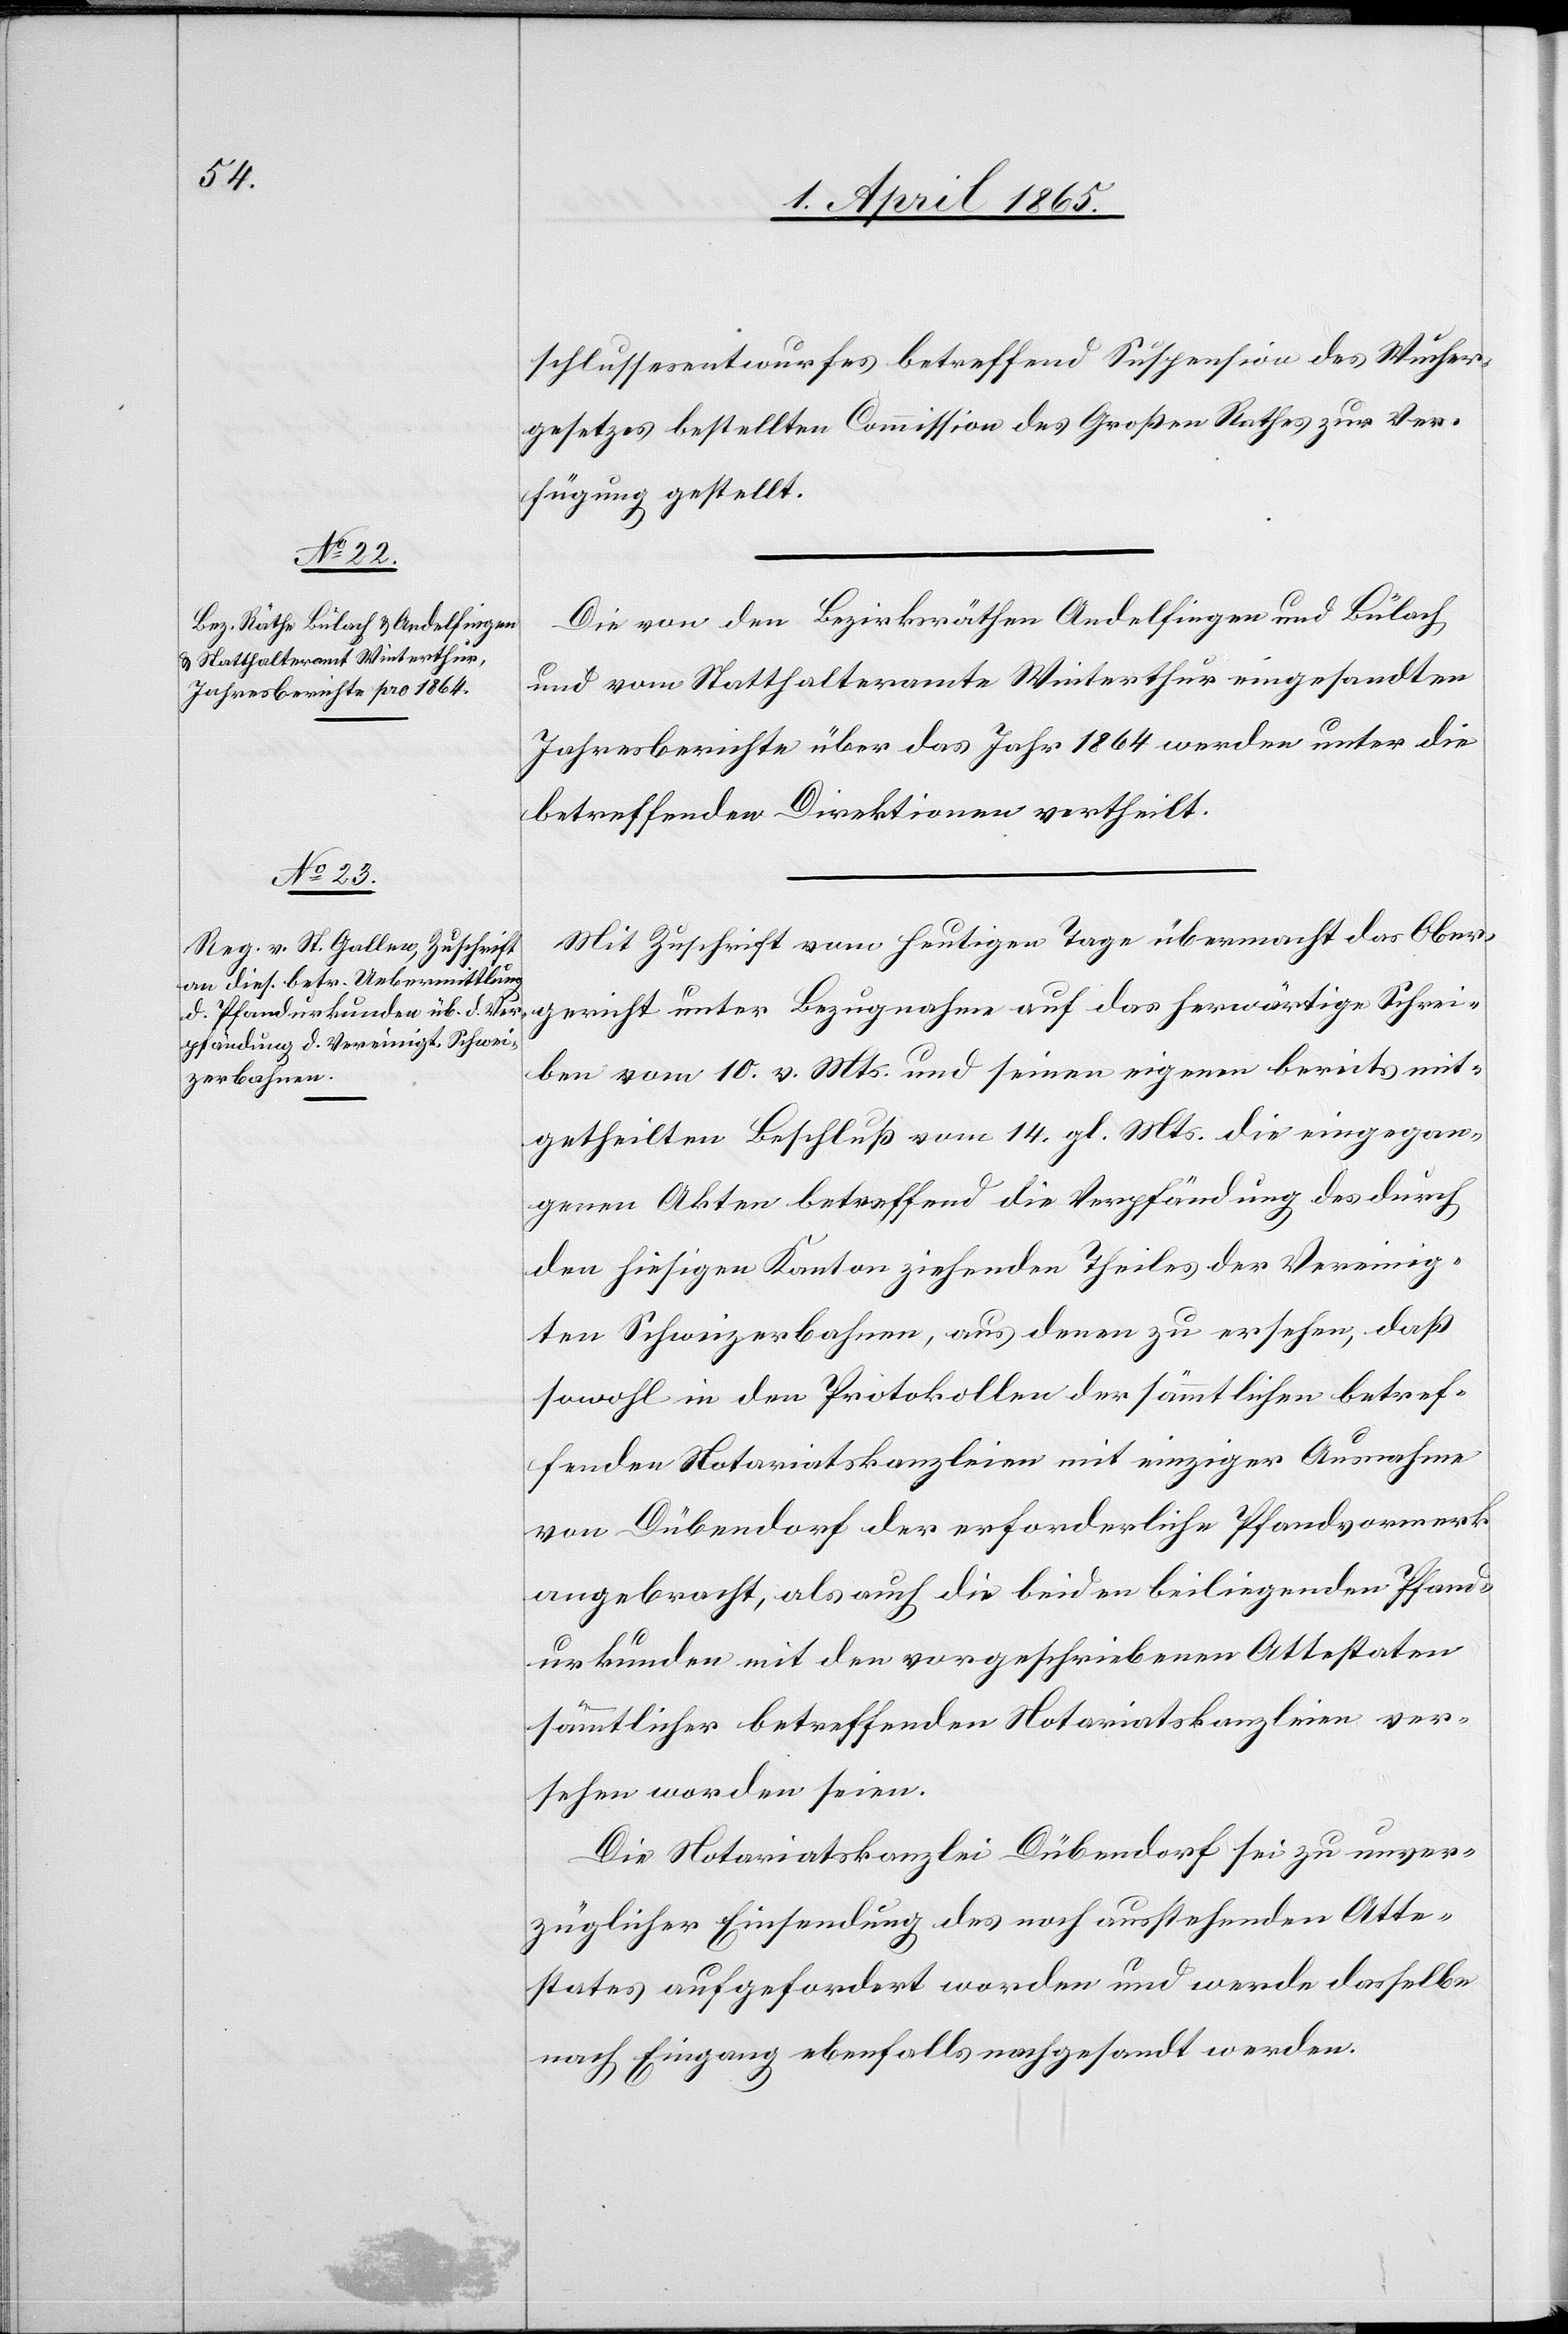
schlussesentwurfes betreffend Suspension des Wucher¬
gesetzes bestellten Commission des Großen Rathes zur Ver¬
fügung gestellt.
Die von den Bezirksräthen Andelfingen und Bülach
und vom Statthalteramte Winterthur eingesandten
Jahresberichte über das Jahr 1864 werden unter die
betreffenden Direktionen vertheilt.
Mit Zuschrift vom heutigen Tage übermacht das Ober¬
gericht unter Bezugnahme auf das herwärtige Schrei¬
ben vom 10. v. Mts. und seinen eigenen bereits mit¬
getheilten Beschluß vom 14. gl. Mts. die eingegan¬
genen Akten betreffend die Verpfändung des durch
den hiesigen Kanton ziehenden Theiles der Vereinig¬
ten Schweizerbahnen, aus denen zu ersehen, daß
sowohl in den Protokollen der sämmtlichen betref¬
fenden Notariatskanzleien mit einziger Ausnahme
von Dübendorf der erforderliche Pfandvormerk
angebracht, als auch die beiden beiliegenden Pfand¬
urkunden mit den vorgeschriebenen Attestaten
sämmtlicher betreffenden Notariatskanzleien ver¬
sehen worden seien.
Die Notariatskanzlei Dübendorf sei zu unver¬
züglicher Einsendung des noch ausstehenden Atte¬
states aufgefordert worden und werde dasselbe
nach Eingang ebenfalls nachgesandt werden.